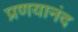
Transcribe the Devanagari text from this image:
प्रणयानंद